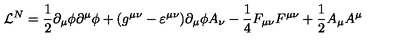
{ \cal { L } } ^ { N } = \frac { 1 } { 2 } \partial _ { \mu } \phi \partial ^ { \mu } \phi + ( g ^ { \mu \nu } - \varepsilon ^ { \mu \nu } ) \partial _ { \mu } \phi A _ { \nu } - \frac { 1 } { 4 } F _ { \mu \nu } F ^ { \mu \nu } + \frac { 1 } { 2 } A _ { \mu } A ^ { \mu }